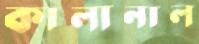
কালানাল